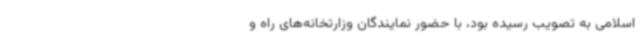
اسلامی به تصویب رسیده بود، با حضور نمایندگان وزارتخانه‌های راه و